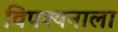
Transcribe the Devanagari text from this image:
विपश्यनाला